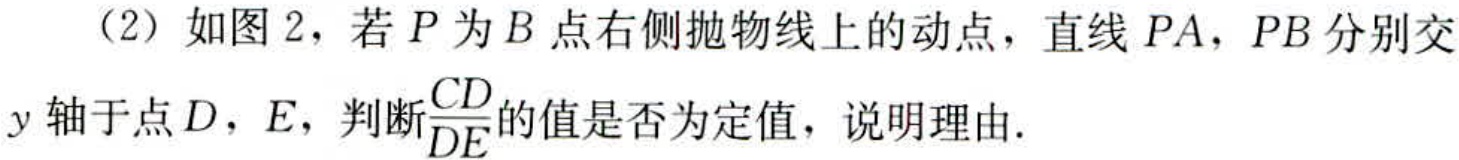
(2) 如图 2，若 \(P\) 为 \(B\) 点右侧抛物线上的动点，直线 \(PA\)，\(PB\) 分别交 \(y\) 轴于点 \(D\)，\(E\)，判断\(\frac{CD}{DE}\)的值是否为定值，说明理由.